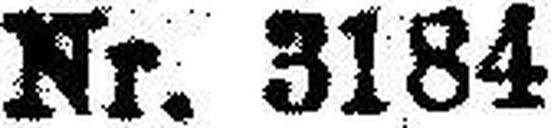
Nr. 3184